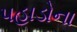
પહાડોના